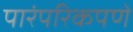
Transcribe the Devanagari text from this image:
पारंपरिकपणे